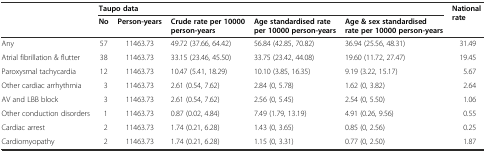
<table><thead><tr><td rowspan="2"></td><td colspan="5"><b>Taupo data</b></td><td rowspan="2"><b>National rate</b></td></tr><tr><td><b>No</b></td><td><b>Person-years</b></td><td><b>Crude rate per 10000 person-years</b></td><td><b>Age standardised rate per 10000 person-years</b></td><td><b>Age &amp; sex standardised rate per 10000 person-years</b></td></tr></thead><tbody><tr><td>Any</td><td>57</td><td>11463.73</td><td>49.72 (37.66, 64.42)</td><td>56.84 (42.85, 70.82)</td><td>36.94 (25.56, 48.31)</td><td>31.49</td></tr><tr><td>Atrial fibrillation &amp; flutter</td><td>38</td><td>11463.73</td><td>33.15 (23.46, 45.50)</td><td>33.75 (23.42, 44.08)</td><td>19.60 (11.72, 27.47)</td><td>19.45</td></tr><tr><td>Paroxysmal tachycardia</td><td>12</td><td>11463.73</td><td>10.47 (5.41, 18.29)</td><td>10.10 (3.85, 16.35)</td><td>9.19 (3.22, 15.17)</td><td>5.67</td></tr><tr><td>Other cardiac arrhythmia</td><td>3</td><td>11463.73</td><td>2.61 (0.54, 7.62)</td><td>2.84 (0, 5.78)</td><td>1.62 (0, 3.82)</td><td>2.64</td></tr><tr><td>AV and LBB block</td><td>3</td><td>11463.73</td><td>2.61 (0.54, 7.62)</td><td>2.56 (0, 5.45)</td><td>2.54 (0, 5.50)</td><td>1.06</td></tr><tr><td>Other conduction disorders</td><td>1</td><td>11463.73</td><td>0.87 (0.02, 4.84)</td><td>7.49 (1.79, 13.19)</td><td>4.91 (0.26, 9.56)</td><td>0.55</td></tr><tr><td>Cardiac arrest</td><td>2</td><td>11463.73</td><td>1.74 (0.21, 6.28)</td><td>1.43 (0, 3.65)</td><td>0.85 (0, 2.56)</td><td>0.25</td></tr><tr><td>Cardiomyopathy</td><td>2</td><td>11463.73</td><td>1.74 (0.21, 6.28)</td><td>1.15 (0, 3.31)</td><td>0.77 (0, 2.50)</td><td>1.87</td></tr></tbody></table>